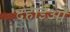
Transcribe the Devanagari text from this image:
दहाईओं